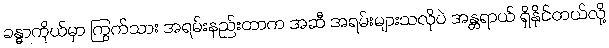
ခန္ဓာကိုယ်မှာ ကြွက်သား အရမ်းနည်းတာက အဆီ အရမ်းများသလိုပဲ အန္တရာယ် ရှိနိုင်တယ်လို့